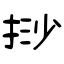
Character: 挱